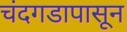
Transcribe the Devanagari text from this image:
चंदगडापासून